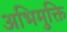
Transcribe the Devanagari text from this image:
अभिमुक्ति